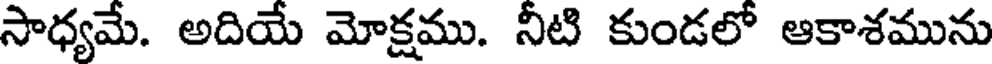
సాధ్యమే. అదియే మోక్షము. నీటి కుండలో ఆకాశమును